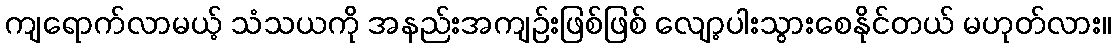
ကျရောက်လာမယ့် သံသယကို အနည်းအကျဉ်းဖြစ်ဖြစ် လျော့ပါးသွားစေနိုင်တယ် မဟုတ်လား။